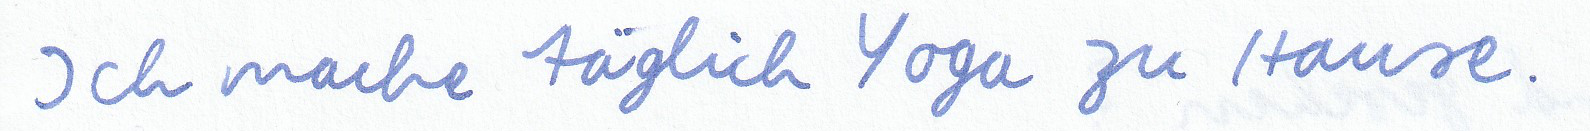
Ich mache täglich Yoga zu Hause.